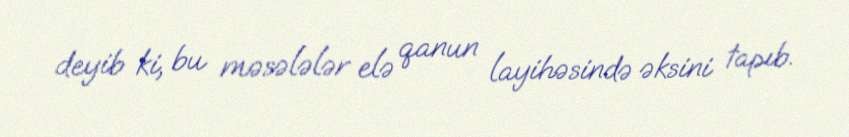
deyib ki, bu məsələlər elə qanun layihəsində əksini tapıb.